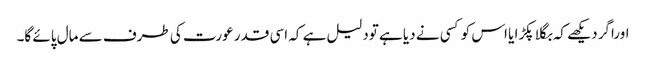
اوراگر دیکھے کہ بگلا پکڑا یا اس کو کسی نے دیا ہے تودلیل ہے کہ اسی قدر عورت کی طرف سے مال پائے گا۔